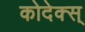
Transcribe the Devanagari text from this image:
कोदेक्स्